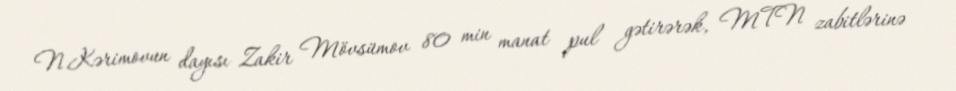
N.Kərimovun dayısı Zakir Mövsümov 80 min manat pul gətirərək, MTN zabitlərinə